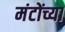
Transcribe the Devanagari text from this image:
मंटोंच्या